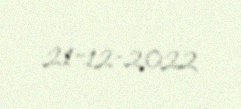
21-12-2022